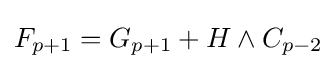
F_{p+1}=G_{p+1}+H\wedge C_{p-2}